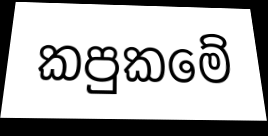
කපුකමේ